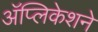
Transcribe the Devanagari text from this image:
अॅप्लिकेशने